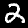
Digit: 2